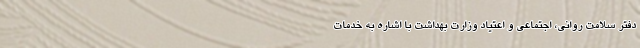
دفتر سلامت روانی، اجتماعی و اعتیاد وزارت بهداشت با اشاره به خدمات